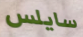
سايلس